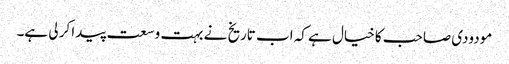
مودودی صاحب کا خیال ہے کہ اب تاریخ نے بہت وسعت پیدا کر لی ہے۔